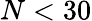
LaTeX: N<30